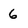
Character: 6